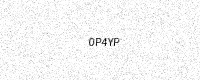
Text: 0P4YP